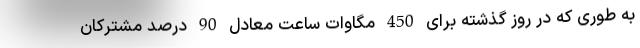
به طوری که در روز گذشته برای 450 مگاوات ساعت معادل 90 درصد مشترکان